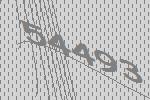
54493